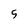
Character: 5